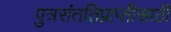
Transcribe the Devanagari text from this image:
पुत्रसंततिप्राप्तीसाठी